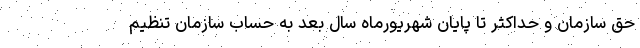
حق سازمان و حداکثر تا پایان شهریورماه سال بعد به حساب سازمان تنظیم